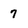
Character: 7